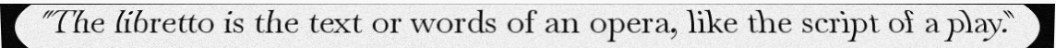
"The libretto is the text or words of an opera, like the script of a play."